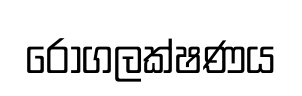
රෝගලක්ෂණය